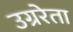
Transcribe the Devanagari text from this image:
उग्ररेता